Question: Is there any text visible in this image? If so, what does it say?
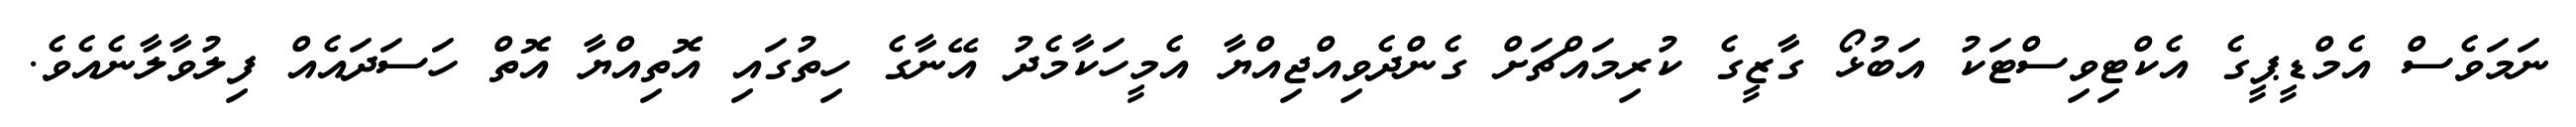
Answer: ނަމަވެސް އެމްޑީޕީގެ އެކްޓިވިސްޓަކު އަބުޅޯ ގާޒީގެ ކުރިމައްޗަށް ގެންދެވިއްޖިއްޔާ އެމީހަކާމެދު އޭނާގެ ހިތުގައި އޮތިއްޔާ އޮތް ހަސަދައެއް ފިލުވާލާނެއެވެ.